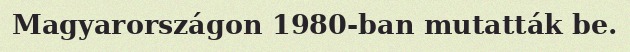
Magyarországon 1980-ban mutatták be.